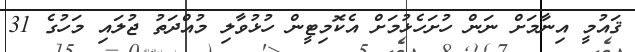
ޤައުމީ އިނާމަށް ނަން ހުށަހެޅުމަށް އެކޮމިޓީން ހުޅުވާލި މުއްދަތު ޖުލައި މަހުގެ 31